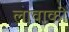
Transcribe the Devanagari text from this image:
लावाकी